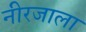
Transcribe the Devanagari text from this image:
नीरजाला